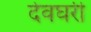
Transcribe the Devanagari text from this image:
देवघरी